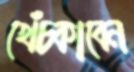
খেঁচ্‌কাবেন